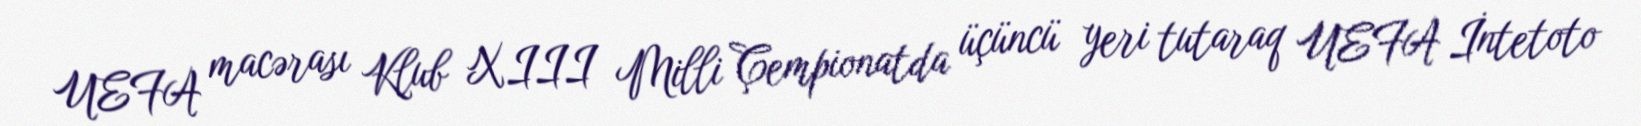
UEFA macərası Klub XIII Milli Çempionatda üçüncü yeri tutaraq UEFA İntetoto